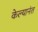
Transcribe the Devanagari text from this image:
केल्यानंत